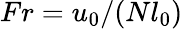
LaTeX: Fr=u_{0}/(Nl_{0})